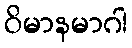
ဝိမာနမာဂါ